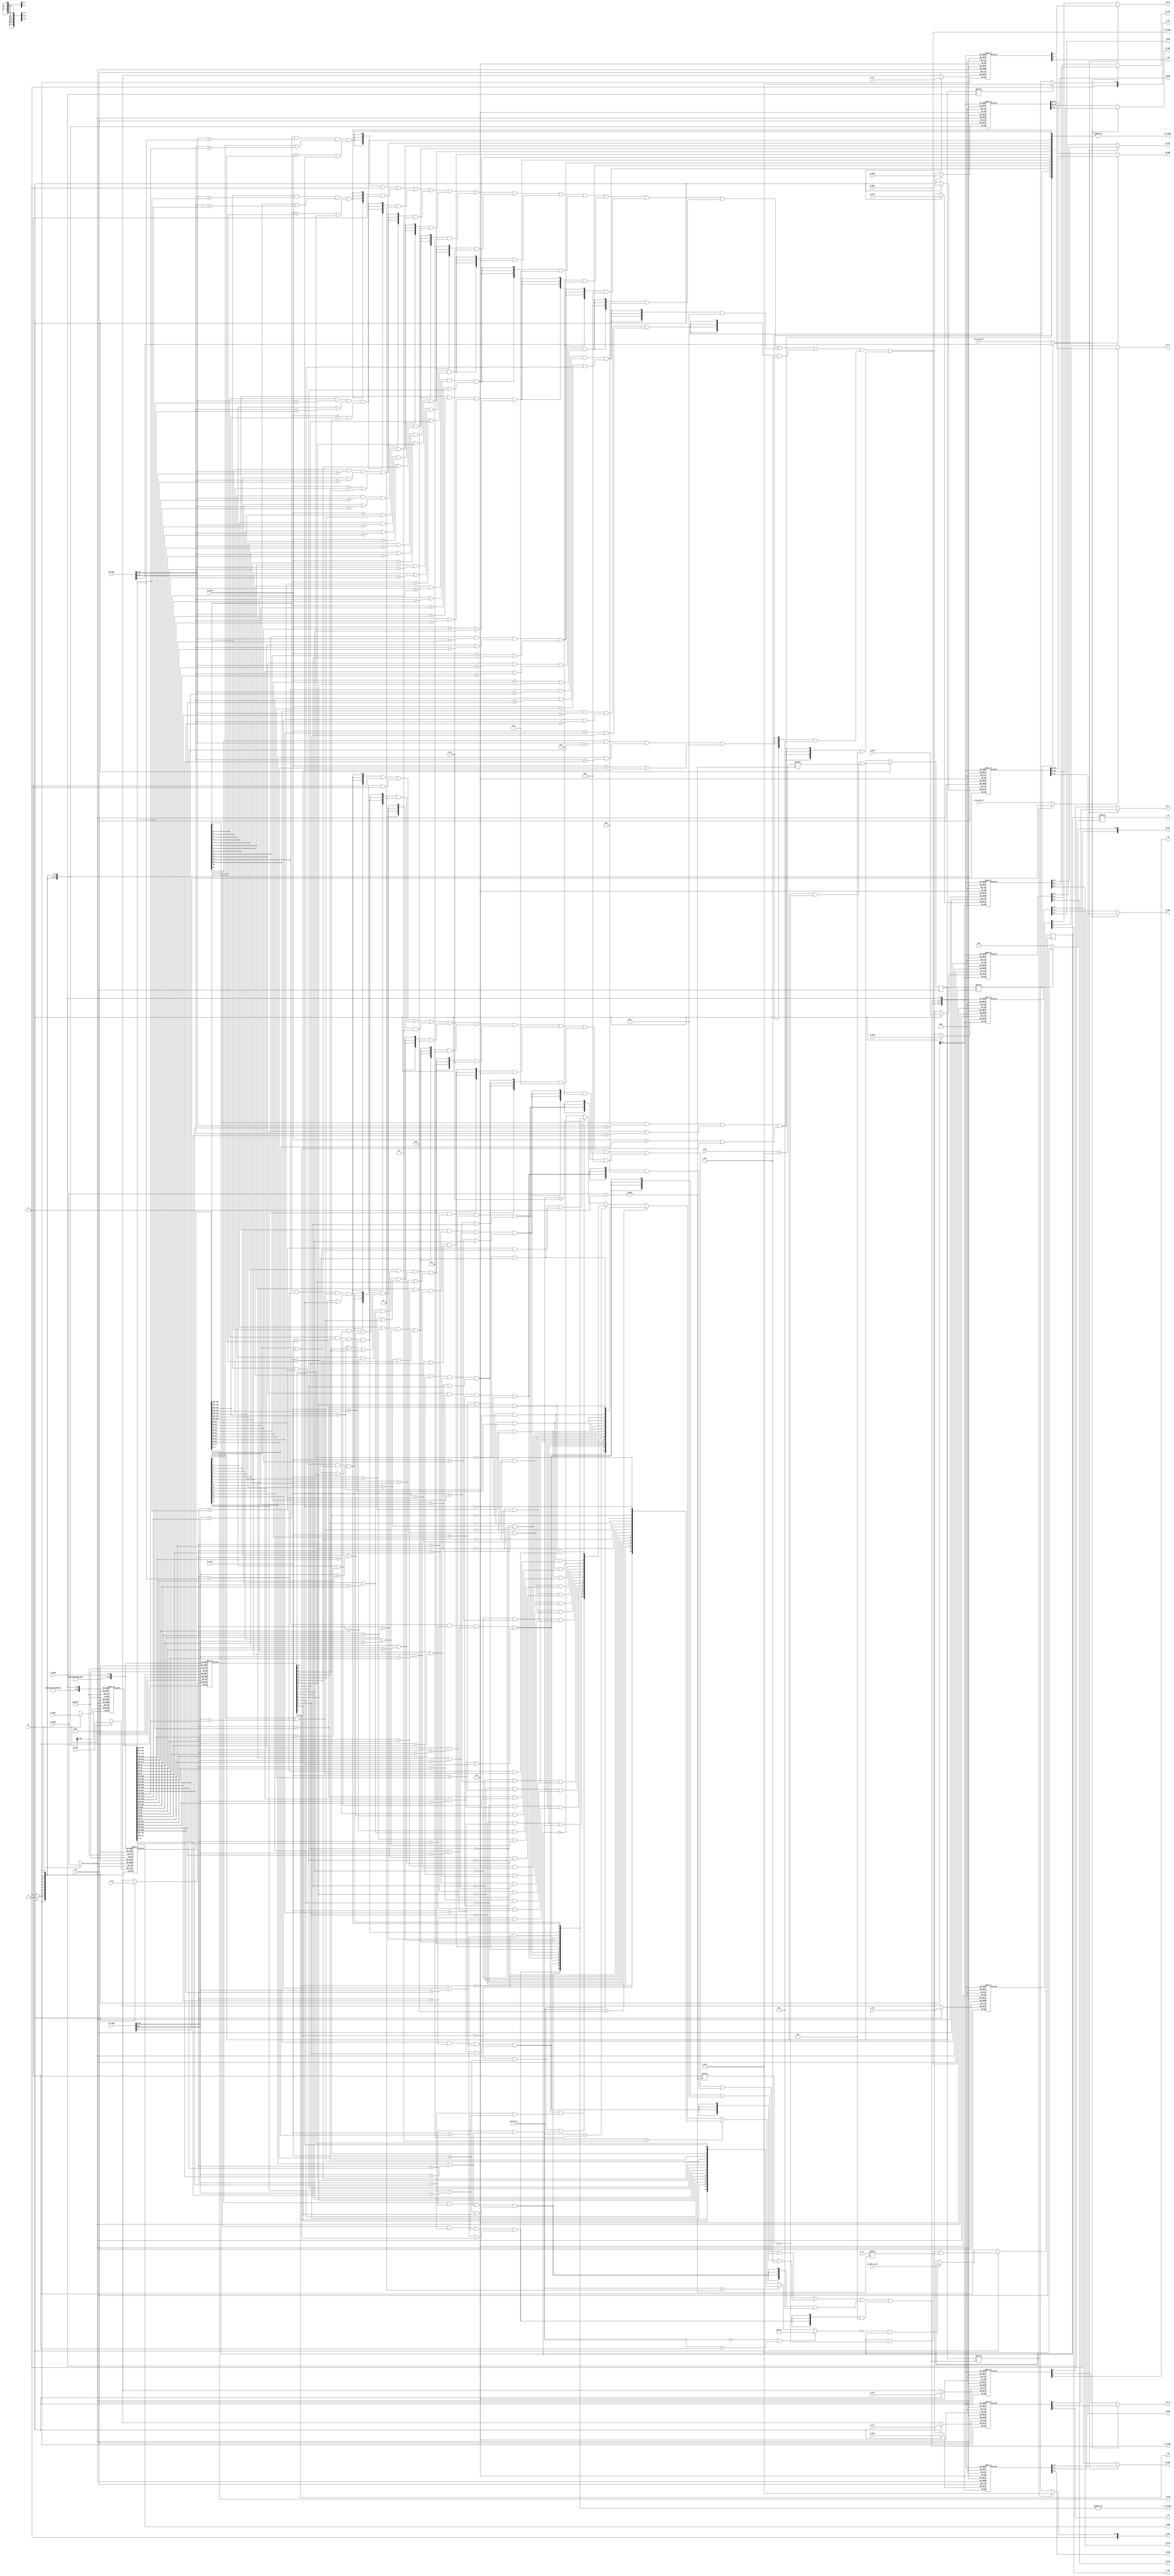
module tlb
#(
    parameter TLBNUM = 16
)
(
    input  wire                      clk,

    // search port 0 (for fetching instruction)
    input  wire [              18:0] s0_vppn,
    input  wire                      s0_va_bit12,
    input  wire [               9:0] s0_asid,
    output wire                      s0_found,
    output wire [$clog2(TLBNUM)-1:0] s0_index,
    output wire [              19:0] s0_ppn,
    output wire [               5:0] s0_ps,
    output wire [               1:0] s0_plv,
    output wire [               1:0] s0_mat,
    output wire                      s0_d,
    output wire                      s0_v,

    // search port 1 (for load/store instructions)
    input  wire [              18:0] s1_vppn,
    input  wire                      s1_va_bit12,
    input  wire [               9:0] s1_asid,
    output wire                      s1_found,
    output wire [$clog2(TLBNUM)-1:0] s1_index,
    output wire [              19:0] s1_ppn,
    output wire [               5:0] s1_ps,
    output wire [               1:0] s1_plv,
    output wire [               1:0] s1_mat,
    output wire                      s1_d,
    output wire                      s1_v,

    // invtlb opcode
    input  wire                      invtlb_valid,
    input  wire [               4:0] invtlb_op,

    // write port
    input  wire                      we,
    input  wire [$clog2(TLBNUM)-1:0] w_index,
    input  wire                      w_e,
    input  wire [              18:0] w_vppn,
    input  wire [               5:0] w_ps,
    input  wire [               9:0] w_asid,
    input  wire                      w_g,
    input  wire [              19:0] w_ppn0,
    input  wire [               1:0] w_plv0,
    input  wire [               1:0] w_mat0,
    input  wire                      w_d0,
    input  wire                      w_v0,
    input  wire [              19:0] w_ppn1,
    input  wire [               1:0] w_plv1,
    input  wire [               1:0] w_mat1,
    input  wire                      w_d1,
    input  wire                      w_v1,

    // read port
    input  wire [$clog2(TLBNUM)-1:0] r_index,
    output wire                      r_e,
    output wire [              18:0] r_vppn,
    output wire [               5:0] r_ps,
    output wire [               9:0] r_asid,
    output wire                      r_g,
    output wire [              19:0] r_ppn0,
    output wire [               1:0] r_plv0,
    output wire [               1:0] r_mat0,
    output wire                      r_d0,
    output wire                      r_v0,
    output wire [              19:0] r_ppn1,
    output wire [               1:0] r_plv1,
    output wire [               1:0] r_mat1,
    output wire                      r_d1,
    output wire                      r_v1
);

genvar idx;
// check if matched in parallel
wire [TLBNUM-1:0] match0;
wire [TLBNUM-1:0] match1;
// 1:odd page 0:even page
wire              page_sel_0;
wire              page_sel_1;
// conditions for invtlb_op matching
wire [TLBNUM-1:0] cond1;
wire [TLBNUM-1:0] cond2;
wire [TLBNUM-1:0] cond3;
wire [TLBNUM-1:0] cond4;
// matched index for modifying tlb_e
wire [TLBNUM-1:0] inv_match;
wire [TLBNUM-1:0] inv_match_4;
wire [TLBNUM-1:0] inv_match_5;
// TLB term
reg  [TLBNUM-1:0] tlb_e;
reg  [TLBNUM-1:0] tlb_ps4MB; // pagesize 1:4MB 0:4KB
reg  [      18:0] tlb_vppn [TLBNUM-1:0];
reg  [       9:0] tlb_asid [TLBNUM-1:0];
reg               tlb_g    [TLBNUM-1:0];
reg  [      19:0] tlb_ppn0 [TLBNUM-1:0];
reg  [       1:0] tlb_plv0 [TLBNUM-1:0];
reg  [       1:0] tlb_mat0 [TLBNUM-1:0];
reg               tlb_d0   [TLBNUM-1:0];
reg               tlb_v0   [TLBNUM-1:0];
reg  [      19:0] tlb_ppn1 [TLBNUM-1:0];
reg  [       1:0] tlb_plv1 [TLBNUM-1:0];
reg  [       1:0] tlb_mat1 [TLBNUM-1:0];
reg               tlb_d1   [TLBNUM-1:0];
reg               tlb_v1   [TLBNUM-1:0];

// search TLB
generate
    for (idx = 0; idx < TLBNUM; idx = idx + 1)
    begin : MATCH
        assign match0[idx] = tlb_e[idx] && (s0_vppn[18:9] == tlb_vppn[idx][18:9])
                          && (tlb_ps4MB[idx] || s0_vppn[8:0] == tlb_vppn[idx][8:0])
                          && (s0_asid == tlb_asid[idx] || tlb_g[idx]);
        assign match1[idx] = tlb_e[idx] && (s1_vppn[18:9] == tlb_vppn[idx][18:9])
                          && (tlb_ps4MB[idx] || s1_vppn[8:0] == tlb_vppn[idx][8:0])
                          && (s1_asid == tlb_asid[idx] || tlb_g[idx]);
    end
endgenerate
// search port0 results
assign s0_found   = |match0;
assign s0_index   = {$clog2(TLBNUM){match0[ 0]}} & 0
                  | {$clog2(TLBNUM){match0[ 1]}} & 1
                  | {$clog2(TLBNUM){match0[ 2]}} & 2
                  | {$clog2(TLBNUM){match0[ 3]}} & 3
                  | {$clog2(TLBNUM){match0[ 4]}} & 4
                  | {$clog2(TLBNUM){match0[ 5]}} & 5
                  | {$clog2(TLBNUM){match0[ 6]}} & 6
                  | {$clog2(TLBNUM){match0[ 7]}} & 7
                  | {$clog2(TLBNUM){match0[ 8]}} & 8
                  | {$clog2(TLBNUM){match0[ 9]}} & 9
                  | {$clog2(TLBNUM){match0[10]}} & 10
                  | {$clog2(TLBNUM){match0[11]}} & 11
                  | {$clog2(TLBNUM){match0[12]}} & 12
                  | {$clog2(TLBNUM){match0[13]}} & 13
                  | {$clog2(TLBNUM){match0[14]}} & 14
                  | {$clog2(TLBNUM){match0[15]}} & 15;
assign page_sel_0 = tlb_ps4MB[s0_index] ? s0_vppn[8] : s0_va_bit12; // 4MBvppn18:9
assign s0_ppn     = page_sel_0 ? tlb_ppn1[s0_index] : tlb_ppn0[s0_index];
assign s0_ps      = tlb_ps4MB[s0_index] ? 6'd21 : 6'd12;
assign s0_plv     = page_sel_0 ? tlb_plv1[s0_index] : tlb_plv0[s0_index];
assign s0_mat     = page_sel_0 ? tlb_mat1[s0_index] : tlb_mat0[s0_index];
assign s0_d       = page_sel_0 ? tlb_d1[s0_index]   : tlb_d0[s0_index];
assign s0_v       = page_sel_0 ? tlb_v1[s0_index]   : tlb_v0[s0_index];
// search port1 results
assign s1_found   = |match1;
assign s1_index   = {$clog2(TLBNUM){match1[ 0]}} & 0
                  | {$clog2(TLBNUM){match1[ 1]}} & 1
                  | {$clog2(TLBNUM){match1[ 2]}} & 2
                  | {$clog2(TLBNUM){match1[ 3]}} & 3
                  | {$clog2(TLBNUM){match1[ 4]}} & 4
                  | {$clog2(TLBNUM){match1[ 5]}} & 5
                  | {$clog2(TLBNUM){match1[ 6]}} & 6
                  | {$clog2(TLBNUM){match1[ 7]}} & 7
                  | {$clog2(TLBNUM){match1[ 8]}} & 8
                  | {$clog2(TLBNUM){match1[ 9]}} & 9
                  | {$clog2(TLBNUM){match1[10]}} & 10
                  | {$clog2(TLBNUM){match1[11]}} & 11
                  | {$clog2(TLBNUM){match1[12]}} & 12
                  | {$clog2(TLBNUM){match1[13]}} & 13
                  | {$clog2(TLBNUM){match1[14]}} & 14
                  | {$clog2(TLBNUM){match1[15]}} & 15;
assign page_sel_1 = tlb_ps4MB[s1_index] ? s1_vppn[8] : s1_va_bit12; // 4MBvppn18:10
assign s1_ppn     = page_sel_1 ? tlb_ppn1[s1_index] : tlb_ppn0[s1_index];
assign s1_ps      = tlb_ps4MB[s1_index] ? 6'd21 : 6'd12;
assign s1_plv     = page_sel_1 ? tlb_plv1[s1_index] : tlb_plv0[s1_index];
assign s1_mat     = page_sel_1 ? tlb_mat1[s1_index] : tlb_mat0[s1_index];
assign s1_d       = page_sel_1 ? tlb_d1[s1_index]   : tlb_d0[s1_index];
assign s1_v       = page_sel_1 ? tlb_v1[s1_index]   : tlb_v0[s1_index];

// INVTLB
generate
    for (idx = 0; idx < TLBNUM; idx = idx + 1)
    begin : COND_AND_MATCH
        assign cond1[idx] = ~tlb_g[idx];
        assign cond2[idx] = tlb_g[idx];
        assign cond3[idx] = s1_asid == tlb_asid[idx];
        assign cond4[idx] = (s1_vppn[18:9] == tlb_vppn[idx][18:9]) && (tlb_ps4MB[idx] || s1_vppn[8:0] == tlb_vppn[idx][8:0]);
        assign inv_match_4[idx] = cond1[idx] && cond3[idx];
        assign inv_match_5[idx] = cond1[idx] && cond3[idx] && cond4[idx];
    end
endgenerate
assign inv_match = (invtlb_op == 5'd0 || invtlb_op == 5'd1) ? {TLBNUM{1'b1}} :
                    invtlb_op == 5'd2                       ? cond2          :
                    invtlb_op == 5'd3                       ? cond1          :
                    invtlb_op == 5'd4                       ? inv_match_4    :
                    invtlb_op == 5'd5                       ? inv_match_5    :
                    invtlb_op == 5'd6                       ? match1         :
                    ~tlb_e; // defalt: do nothing

// tlb_e assignment
always @(posedge clk) begin
    if (we)
        tlb_e[w_index] <= w_e;
    else if (invtlb_valid)
        tlb_e          <= ~inv_match & tlb_e; 
end

// write TLB (except for tlb_e)
always @(posedge clk) begin
    if (we) begin
        tlb_vppn [w_index] <= w_vppn;
        tlb_ps4MB[w_index] <= w_ps == 6'd21;
        tlb_asid [w_index] <= w_asid;
        tlb_g    [w_index] <= w_g;
        tlb_ppn0 [w_index] <= w_ppn0;
        tlb_plv0 [w_index] <= w_plv0;
        tlb_mat0 [w_index] <= w_mat0;
        tlb_d0   [w_index] <= w_d0;
        tlb_v0   [w_index] <= w_v0;
        tlb_ppn1 [w_index] <= w_ppn1;
        tlb_plv1 [w_index] <= w_plv1;
        tlb_mat1 [w_index] <= w_mat1;
        tlb_d1   [w_index] <= w_d1;
        tlb_v1   [w_index] <= w_v1;
    end
end

// read TLB
assign r_e    = tlb_e    [r_index];
assign r_vppn = tlb_vppn [r_index];
assign r_ps   = tlb_ps4MB[r_index] ? 6'd21 : 6'd12;
assign r_asid = tlb_asid [r_index];
assign r_g    = tlb_g    [r_index];
assign r_ppn0 = tlb_ppn0 [r_index];
assign r_plv0 = tlb_plv0 [r_index];
assign r_mat0 = tlb_mat0 [r_index];
assign r_d0   = tlb_d0   [r_index];
assign r_v0   = tlb_v0   [r_index];
assign r_ppn1 = tlb_ppn1 [r_index];
assign r_plv1 = tlb_plv1 [r_index];
assign r_mat1 = tlb_mat1 [r_index];
assign r_d1   = tlb_d1   [r_index];
assign r_v1   = tlb_v1   [r_index];

endmodule